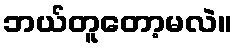
ဘယ်တူတော့မလဲ။